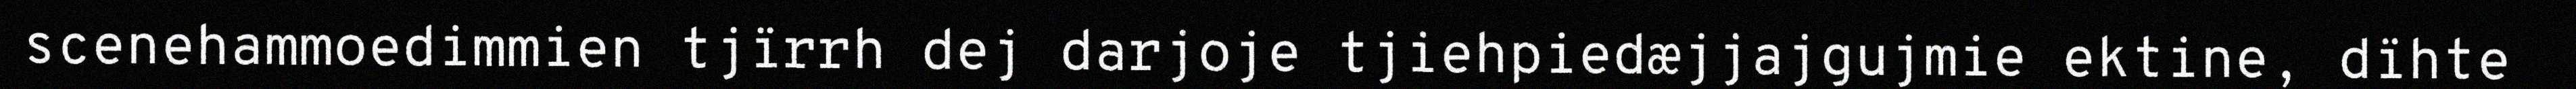
scenehammoedimmien tjïrrh dej darjoje tjiehpiedæjjajgujmie ektine, dïhte